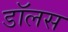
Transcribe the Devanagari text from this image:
डॉलस